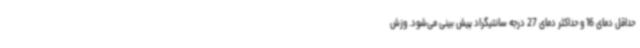
حداقل دمای 16 و حداکثر دمای 27 درجه سانتیگراد پیش بینی می‌شود. وزش